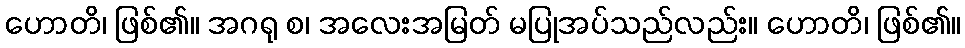
ဟောတိ၊ ဖြစ်၏။ အဂရု စ၊ အလေးအမြတ် မပြုအပ်သည်လည်း။ ဟောတိ၊ ဖြစ်၏။